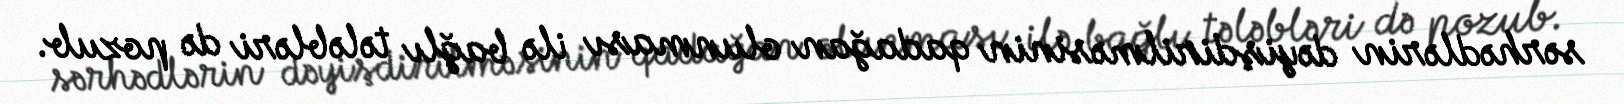
sərhədlərin dəyişdirilməsinin qadağan olunması ilə bağlı tələbləri də pozub.